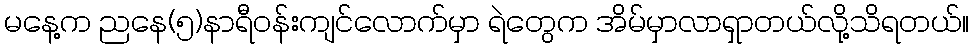
မနေ့က ညနေ(၅)နာရီဝန်းကျင်လောက်မှာ ရဲတွေက အိမ်မှာလာရှာတယ်လို့သိရတယ်။